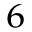
^ 6